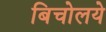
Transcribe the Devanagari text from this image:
बिचोलये